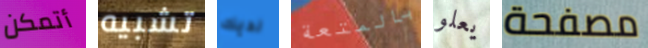
أتمكن تشبيه لديك بالمتعة يعلو مصفحة